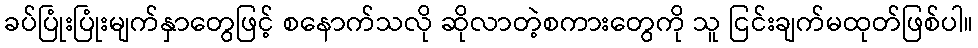
ခပ်ပြုံးပြုံးမျက်နှာတွေဖြင့် စနောက်သလို ဆိုလာတဲ့စကားတွေကို သူ ငြင်းချက်မထုတ်ဖြစ်ပါ။